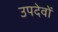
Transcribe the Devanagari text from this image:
उपदेवों